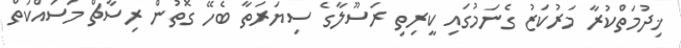
ޚިދުމަތްކުރާ މަރުކަޒު ގެނަމުގައި ކީރިތި ރަސޫލާގެ ސިޔަރަތާ ބެހޭ ގޮތުން ރިސާޗް މަސައްކަތް